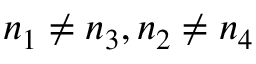
n _ { 1 } \neq n _ { 3 } , n _ { 2 } \neq n _ { 4 }